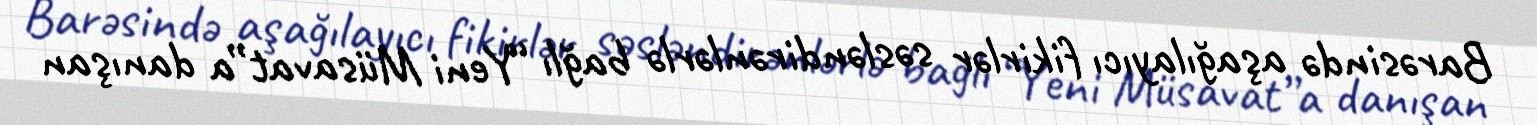
Barəsində aşağılayıcı fikirlər səsləndirənlərlə bağlı “Yeni Müsavat”a danışan